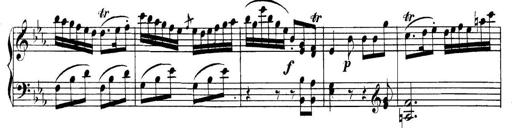
Title: Collected Piano Sonatas
Composer: Muzio Clementi